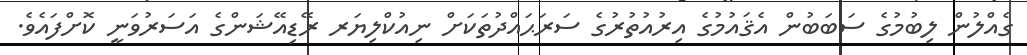
ގެއްލުން ލިބުމުގެ ސަބަބުން އެޤައުމުގެ އިރުއުތުރުގެ ސަރަޙައްދުތަކަށް ނިއުކްލިޔަރ ރޭޑިއޭޝަންގެ އަސަރުވަނީ ކޮށްފައެވެ.